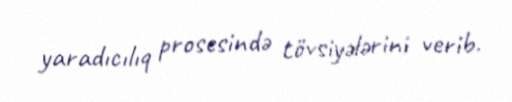
yaradıcılıq prosesində tövsiyələrini verib.